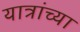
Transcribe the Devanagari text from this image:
यात्रांच्या